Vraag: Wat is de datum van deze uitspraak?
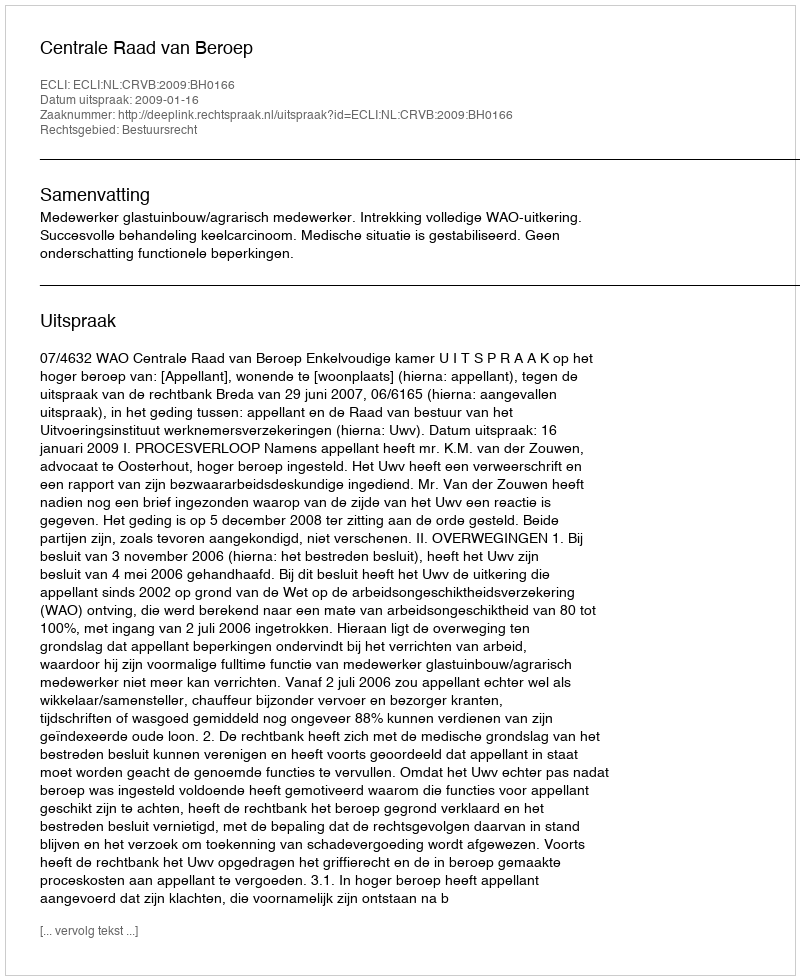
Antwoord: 2009-01-16